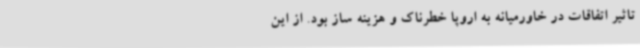
تاثیر اتفاقات در خاورمیانه به اروپا خطرناک و هزینه ساز بود. از این